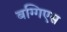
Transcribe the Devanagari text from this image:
बग्गिएस